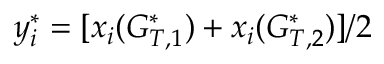
y _ { i } ^ { * } = [ x _ { i } ( G _ { T , 1 } ^ { * } ) + x _ { i } ( G _ { T , 2 } ^ { * } ) ] / 2